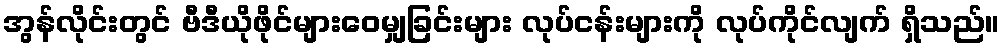
အွန်လိုင်းတွင် ဗီဒီယိုဖိုင်များဝေမျှခြင်းများ လုပ်ငန်းများကို လုပ်ကိုင်လျက် ရှိသည်။